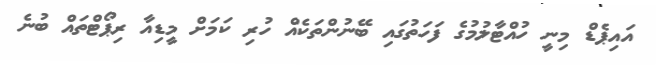
އައިޕެޑް މިނީ ހުއްޓާލުމުގެ ފަހަތުގައި ބޭނުންތަކެއް ހުރި ކަމަށް މީޑިއާ ރިޕޯޓްތައް ބުނެ